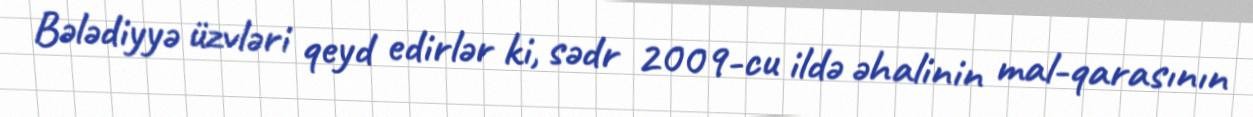
Bələdiyyə üzvləri qeyd edirlər ki, sədr 2009-cu ildə əhalinin mal-qarasının